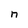
Character: n